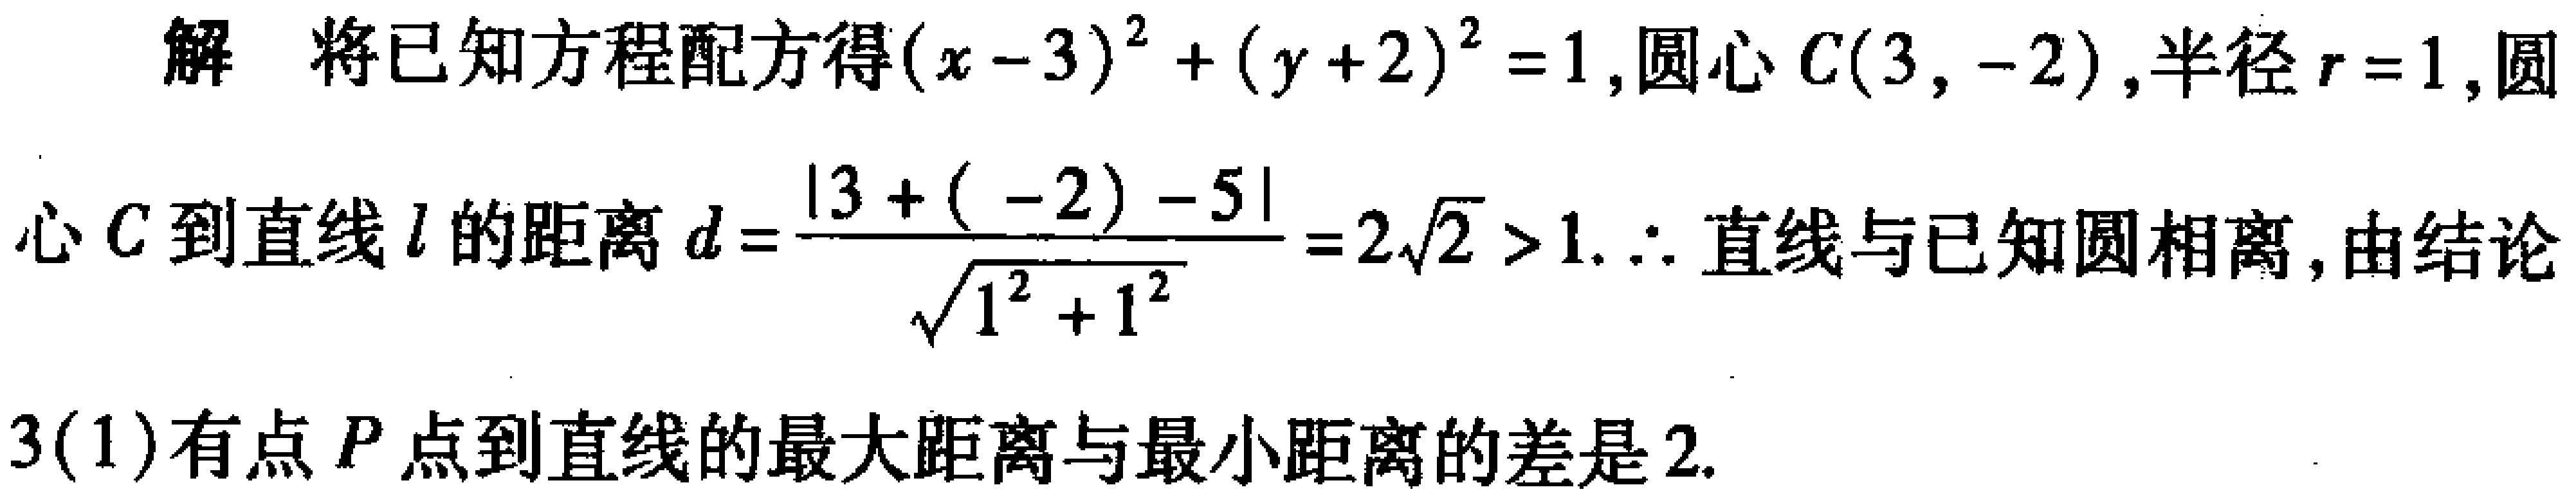
解 将已知方程配方得\((x - 3)^{2}+(y + 2)^{2}=1\)，圆心\(C(3,-2)\)，半径\(r = 1\)，圆
心\(C\)到直线\(l\)的距离\(d=\frac{\vert3+(-2)-5\vert}{\sqrt{1^{2}+1^{2}}}=2\sqrt{2}>1\). \(\therefore\)直线与已知圆相离，由结论
3(1)有点\(P\)点到直线的最大距离与最小距离的差是\(2\).